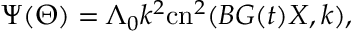
\Psi ( { \Theta } ) = \Lambda _ { 0 } k ^ { 2 } \mathrm { c n } ^ { 2 } ( B G ( t ) X , k ) ,